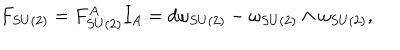
LaTeX: F _ { S U ( 2 ) } = F _ { S U ( 2 ) } ^ { A } I _ { A } = d \omega _ { S U ( 2 ) } - \omega _ { S U ( 2 ) } \wedge \omega _ { S U ( 2 ) } ,